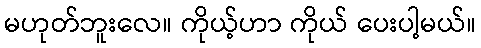
မဟုတ်ဘူးလေ။ ကိုယ့်ဟာ ကိုယ် ပေးပါ့မယ်။